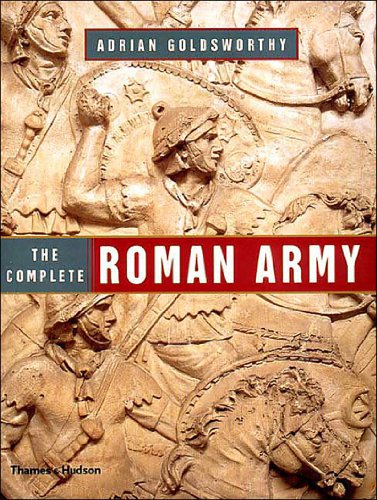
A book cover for The Complete Roman Army; Adrian Goldsworthy; History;